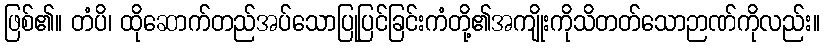
ဖြစ်၏။ တံပိ၊ ထိုဆောက်တည်အပ်သောပြုပြင်ခြင်းကံတို့၏အကျိုးကိုသိတတ်သောဉာဏ်ကိုလည်း။